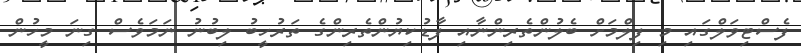
ފެސްޓިވަލްގައި މި ފިލްމަށް ބެލުންތެރިންނާއި ފާޑުކިޔުންތެރިންގެ ތަރުހީބު ލިބުނު ނަމަވެސް ގިނަ މީހުން